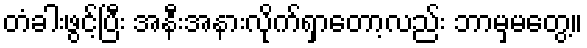
တံခါးဖွင့်ပြီး အနီးအနားလိုက်ရှာတော့လည်း ဘာမှမတွေ့။